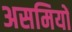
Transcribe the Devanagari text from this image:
असमियों